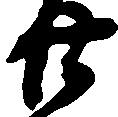
廿